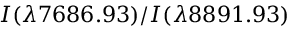
I ( \lambda 7 6 8 6 . 9 3 ) / I ( \lambda 8 8 9 1 . 9 3 )